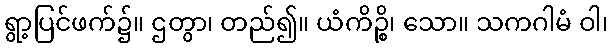
ရွာ့ပြင်ဖက်၌။ ဌတွာ၊ တည်၍။ ယံကိဉ္စိ၊ သော။ သကဂါမံ ဝါ၊